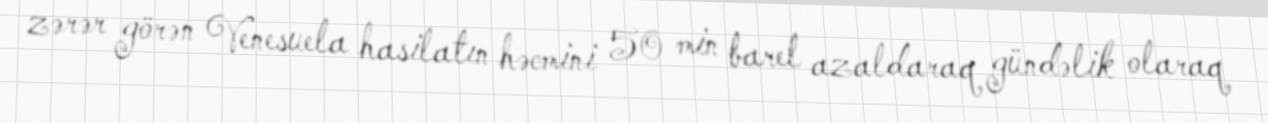
zərər görən Venesuela hasilatın həcmini 50 min barel azaldaraq gündəlik olaraq